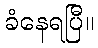
ခံနေရပြီ။